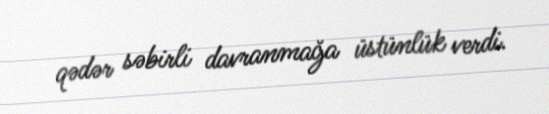
qədər səbirli davranmağa üstünlük verdi.